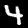
Digit: 4